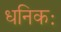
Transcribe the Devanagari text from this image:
धनिकः